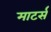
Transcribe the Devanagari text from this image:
माटर्स